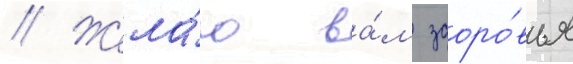
// Жела́ю ва́м здоро́вья